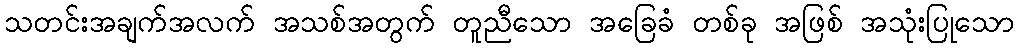
သတင်းအချက်အလက် အသစ်အတွက် တူညီသော အခြေခံ တစ်ခု အဖြစ် အသုံးပြုသော